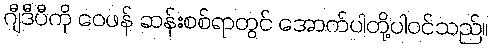
ဂျီဒီပီကို ဝေဖန် ဆန်းစစ်ရာတွင် အောက်ပါတို့ပါဝင်သည်။